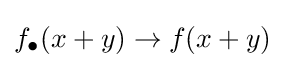
f_{\bullet }(x+y)\to f(x+y)